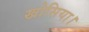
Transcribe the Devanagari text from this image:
खोसिया।